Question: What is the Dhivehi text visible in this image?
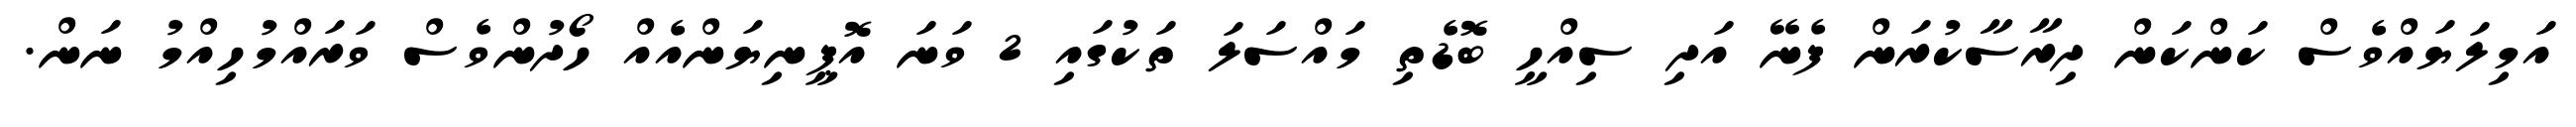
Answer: އަމިލަޔައްވެސް ކަންކަން ދިރާސާކުރަން ފެނޭ އަދި ސިއްހީ ބޮޑެތި މައްސަލަ ތަކުގައި 2 ވަނަ އޮޕީނިޔަންއެއް ހޯދުންވެސް ވަރައްމުހިއްމު ނަން.